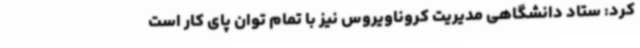
کرد: ستاد دانشگاهی مدیریت کروناویروس نیز با تمام توان پای کار است